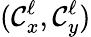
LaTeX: (\mathcal{C}_{x}^{\ell},\mathcal{C}_{y}^{\ell})